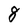
Character: 8